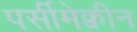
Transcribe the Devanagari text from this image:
पर्सीमेक्वीन